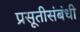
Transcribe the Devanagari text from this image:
प्रसूतीसंबंधी